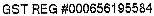
GST REG #000656195584